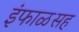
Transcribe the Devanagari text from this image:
इंफाळसह